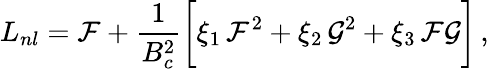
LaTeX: L_{nl}=\mathcal{F}+\frac{1}{B_{c}^{2}}\bigg[\xi_{1}\, \mathcal{F}^{2}+\xi_{2}\, \mathcal{G}^{2}+\xi_{3}\, \mathcal{F}\mathcal{G}\bigg]\, ,